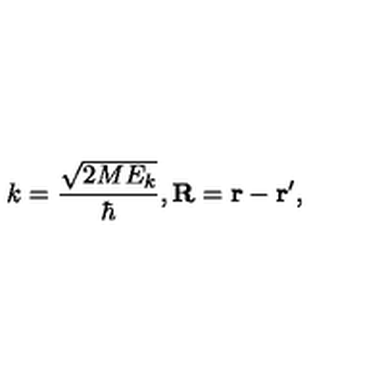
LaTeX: k = \frac { \sqrt { 2 M E _ { k } } } { \hbar } , { \bf R } = { \bf r } - { \bf r } ^ { \prime } ,